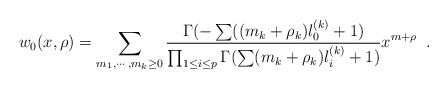
\begin{align*}w_0(x,\rho)=\sum_{m_1,\cdots,m_k \geq 0}{\Gamma(-\sum((m_k+\rho_k)l_0^{(k)}+1) \over \prod_{1\leq i \leq p} \Gamma(\sum(m_k+\rho_k)l_i^{(k)}+1) } x^{m+\rho} \;\;.\end{align*}